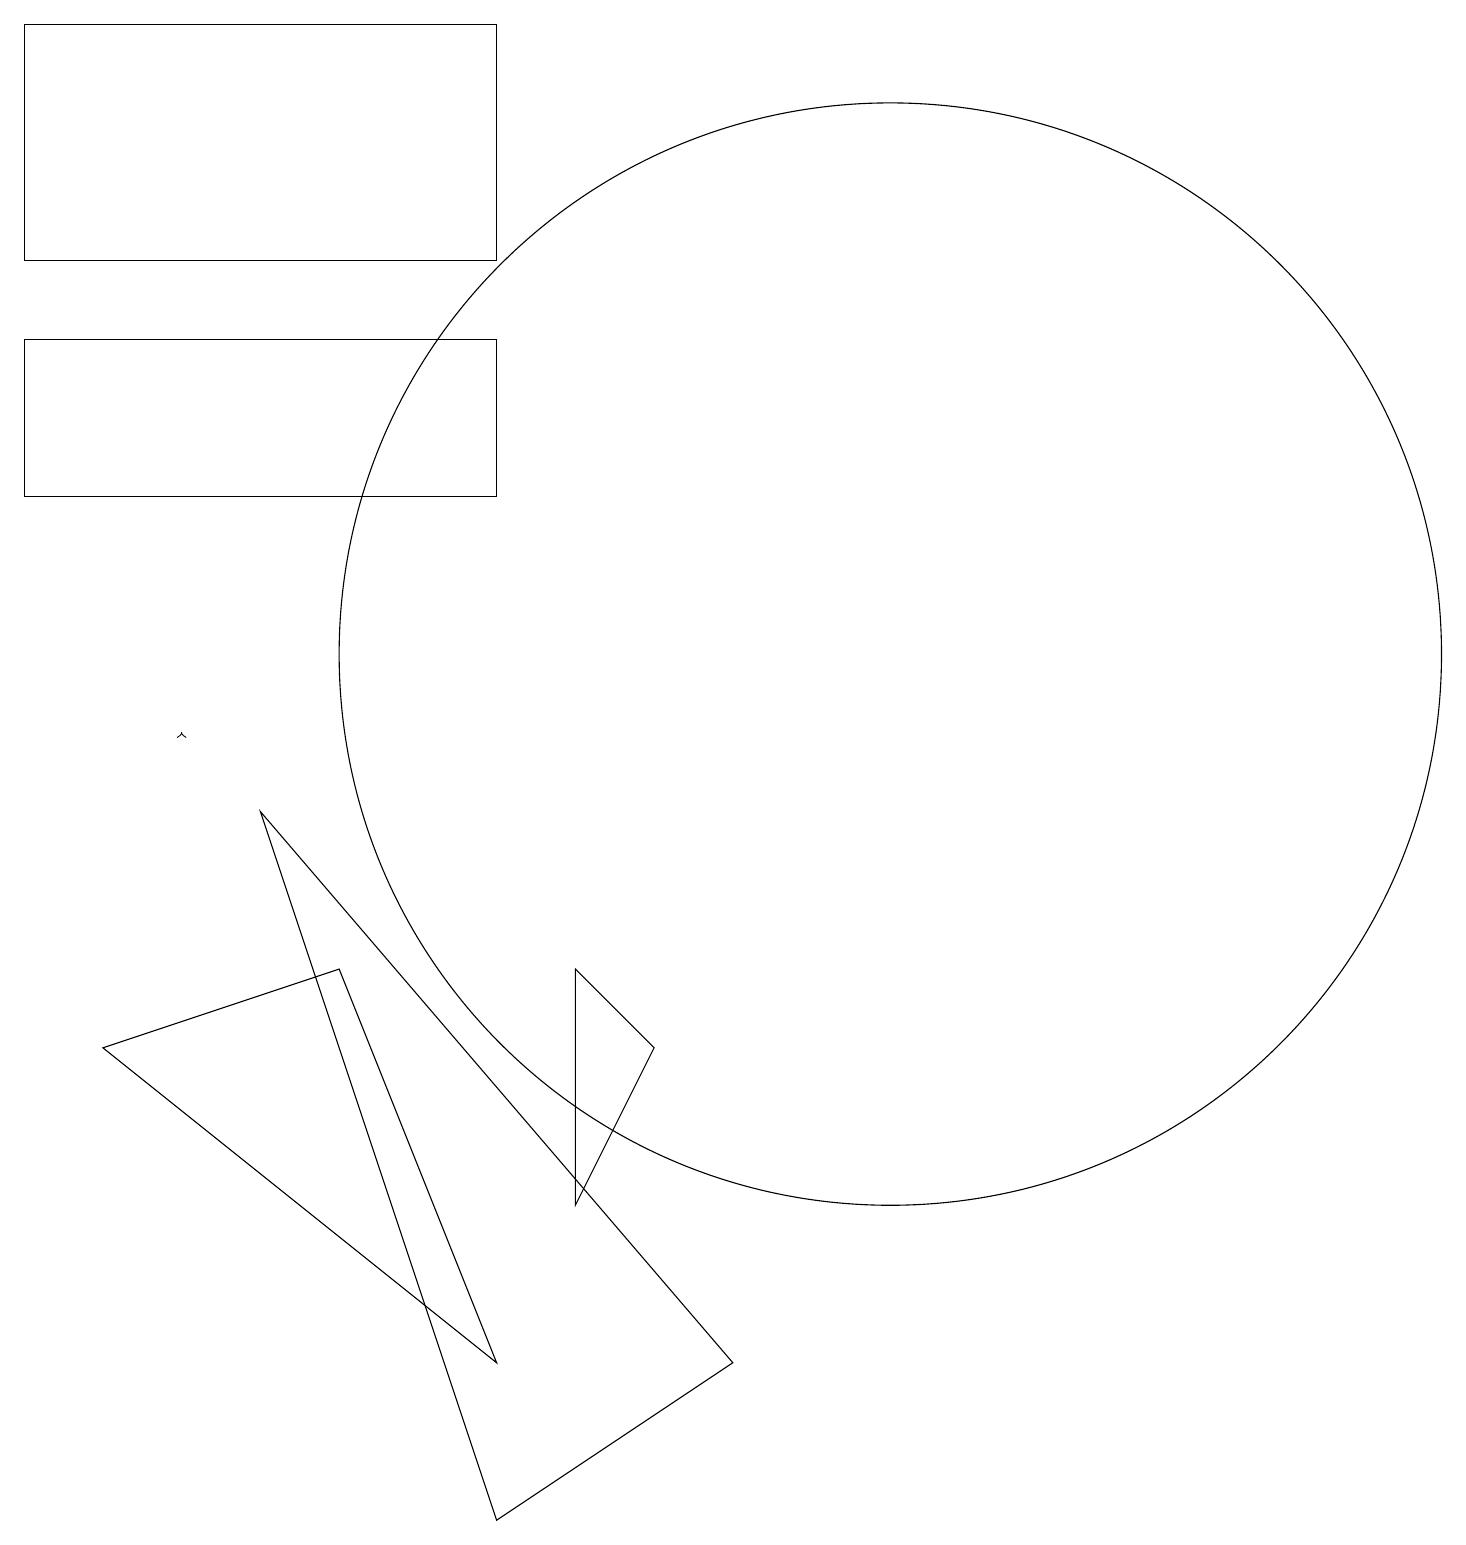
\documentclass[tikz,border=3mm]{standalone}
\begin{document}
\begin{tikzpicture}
\draw (6,19) rectangle (0,16);
\draw (11,11) circle (7);
\draw (0,15) rectangle (6,13);
\draw (1,6) -- (4,7) -- (6,2) -- cycle;
\draw (7,7) -- (8,6) -- (7,4) -- cycle;
\draw (6,0) -- (3,9) -- (9,2) -- cycle;
\draw[->] (2,10) -- (2,10);
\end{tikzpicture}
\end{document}